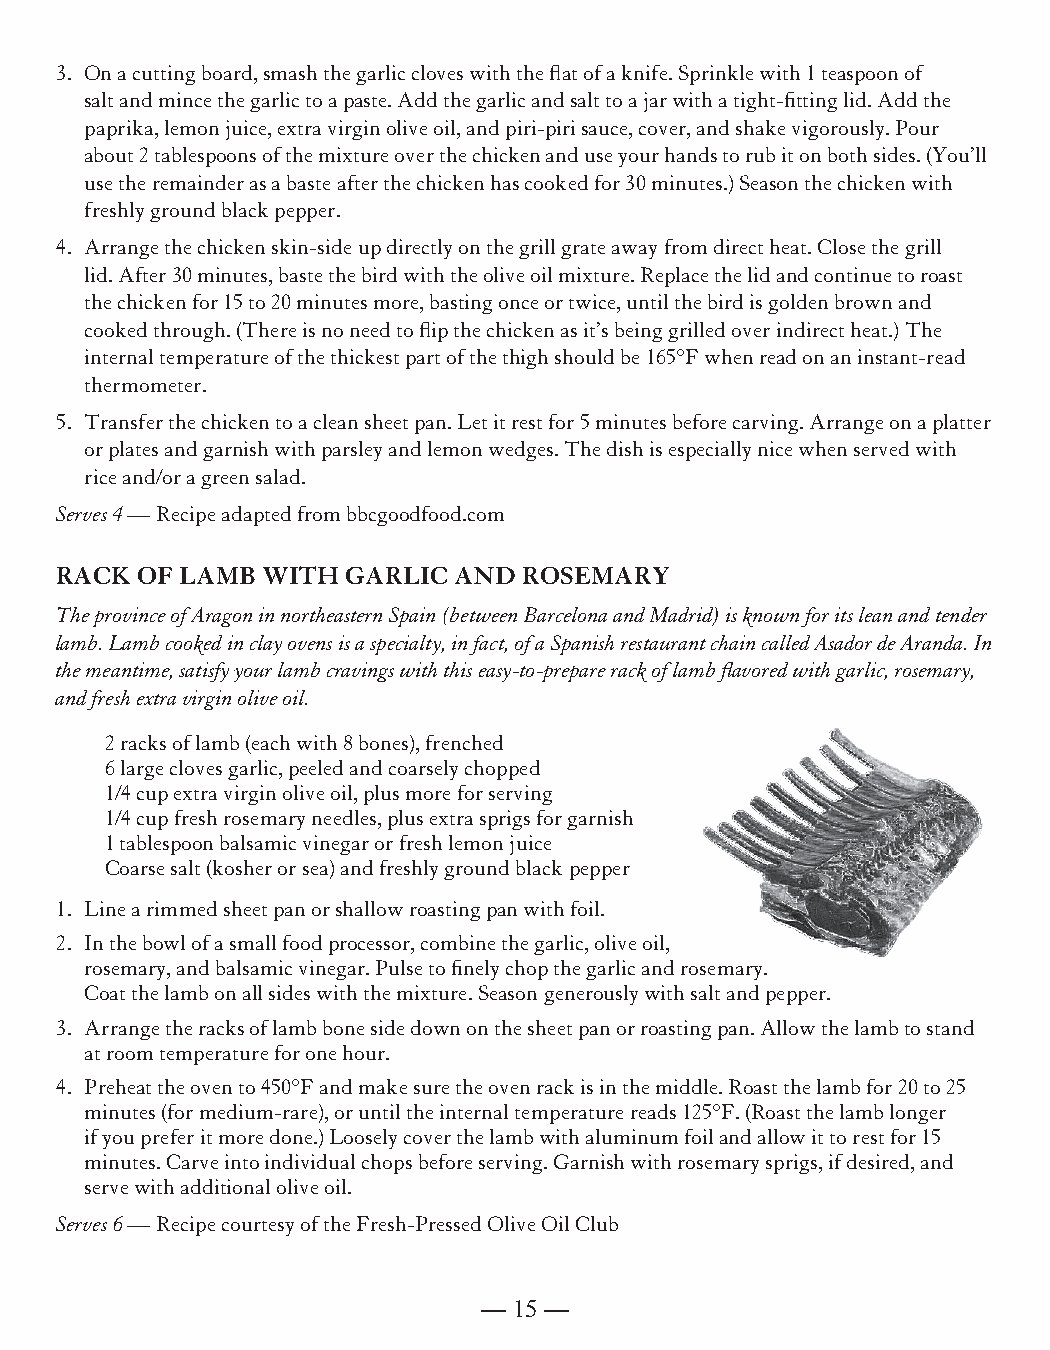
3. On a cutting board, smash the garlic cloves with the flat of a knife. Sprinkle with 1 teaspoon of
 salt and mince the garlic to a paste. Add the garlic and salt to a jar with a tight-fitting lid. Add the
 paprika, lemon juice, extra virgin olive oil, and piri-piri sauce, cover, and shake vigorously. Pour
 about 2 tablespoons of the mixture over the chicken and use your hands to rub it on both sides. (You’ll
 use the remainder as a baste after the chicken has cooked for 30 minutes.) Season the chicken with
 freshly ground black pepper.
 4. Arrange the chicken skin-side up directly on the grill grate away from direct heat. Close the grill
 lid. After 30 minutes, baste the bird with the olive oil mixture. Replace the lid and continue to roast
 the chicken for 15 to 20 minutes more, basting once or twice, until the bird is golden brown and
 cooked through. (There is no need to flip the chicken as it’s being grilled over indirect heat.) The
 internal temperature of the thickest part of the thigh should be 165°F when read on an instant-read
 thermometer.
 5. Transfer the chicken to a clean sheet pan. Let it rest for 5 minutes before carving. Arrange on a platter
 or plates and garnish with parsley and lemon wedges. The dish is especially nice when served with
 rice and/or a green salad.
 Serves 4 — Recipe adapted from bbcgoodfood.com
 RACK OF LAMB WITH  GARLIC AND  ROSEMARY
 The province of Aragon in northeastern Spain (between Barcelona and Madrid) is known for its lean and tender
 lamb. Lamb cooked in clay ovens is a specialty, in fact, of a Spanish restaurant chain called Asador de Aranda. In
 the meantime, satisfy your lamb cravings with this easy-to-prepare rack of lamb flavored with garlic, rosemary,
 and fresh extra virgin olive oil.
 2 racks of lamb (each with 8 bones), frenched
 6 large cloves garlic, peeled and coarsely chopped
 1/4 cup extra virgin olive oil, plus more for serving
 1/4 cup fresh rosemary needles, plus extra sprigs for garnish
 1 tablespoon balsamic vinegar or fresh lemon juice
 Coarse salt (kosher or sea) and freshly ground black pepper
 1. Line a rimmed sheet pan or shallow roasting pan with foil.
 2. In the bowl of a small food processor, combine the garlic, olive oil,
 rosemary, and balsamic vinegar. Pulse to finely chop the garlic and rosemary.
 Coat the lamb on all sides with the mixture. Season generously with salt and pepper.
 3. Arrange the racks of lamb bone side down on the sheet pan or roasting pan. Allow the lamb to stand
 at room temperature for one hour.
 4. Preheat the oven to 450°F and make sure the oven rack is in the middle. Roast the lamb for 20 to 25
 minutes (for medium-rare), or until the internal temperature reads 125°F. (Roast the lamb longer
 if you prefer it more done.) Loosely cover the lamb with aluminum foil and allow it to rest for 15
 minutes. Carve into individual chops before serving. Garnish with rosemary sprigs, if desired, and
 serve with additional olive oil.
 Serves 6 — Recipe courtesy of the Fresh-Pressed Olive Oil Club
 — 15 —